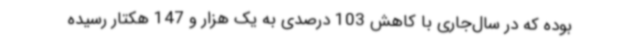
بوده که در سال‌جاری با کاهش 103 درصدی به یک هزار و 147 هکتار رسیده